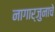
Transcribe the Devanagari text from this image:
नागार्जुनाचे